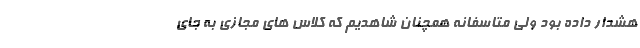
هشدار داده بود ولی متاسفانه همچنان شاهدیم که کلاس های مجازی به جای